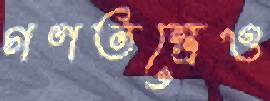
গণতন্ত্রেও